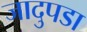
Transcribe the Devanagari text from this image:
जादुपडा